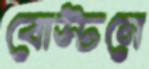
বোস্টনে